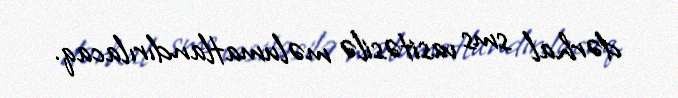
dərhal sms vasitəsilə məlumatlandırılacaq.